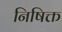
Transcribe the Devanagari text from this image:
निषिक्त